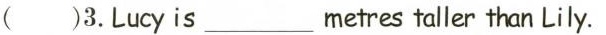
()3.Lucyis metres___taller than Lily.